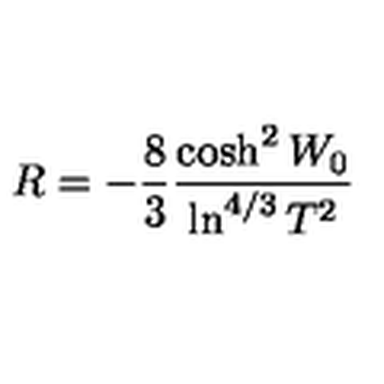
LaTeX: R = - \frac { 8 } { 3 } \frac { \cosh ^ { 2 } W _ { 0 } } { \ln ^ { 4 / 3 } T ^ { 2 } }